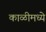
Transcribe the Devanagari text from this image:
काळीमध्ये